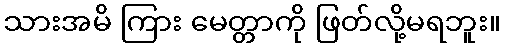
သားအမိ ကြား မေတ္တာကို ဖြတ်လို့မရဘူး။